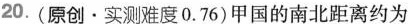
20. （原创·实测难度0.76）甲国的南北距离约为